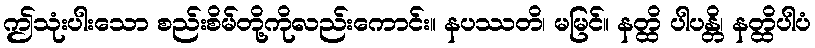
ဤသုံးပါးသော စည်းစိမ်တို့ကိုလည်းကောင်း။ နပဿတိ၊ မမြင်။ နတ္ထိ ပါပန္တိ၊ နတ္ထိပါပံ